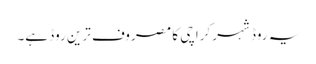
یہ روڈ شہر کراچی کا مصروف ترین روڈ ہے۔